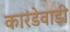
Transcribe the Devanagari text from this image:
कारंडेवाडी